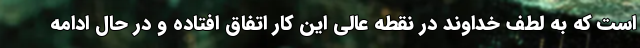
است که به لطف خداوند در نقطه عالی این کار اتفاق افتاده و در حال ادامه